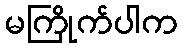
မကြိုက်ပါက